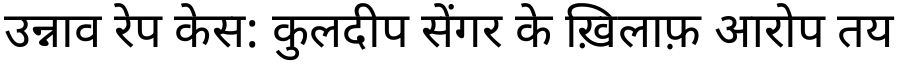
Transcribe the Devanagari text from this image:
उन्नाव रेप केस: कुलदीप सेंगर के ख़िलाफ़ आरोप तय